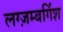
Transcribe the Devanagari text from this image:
लग्ज़म्बर्गिश